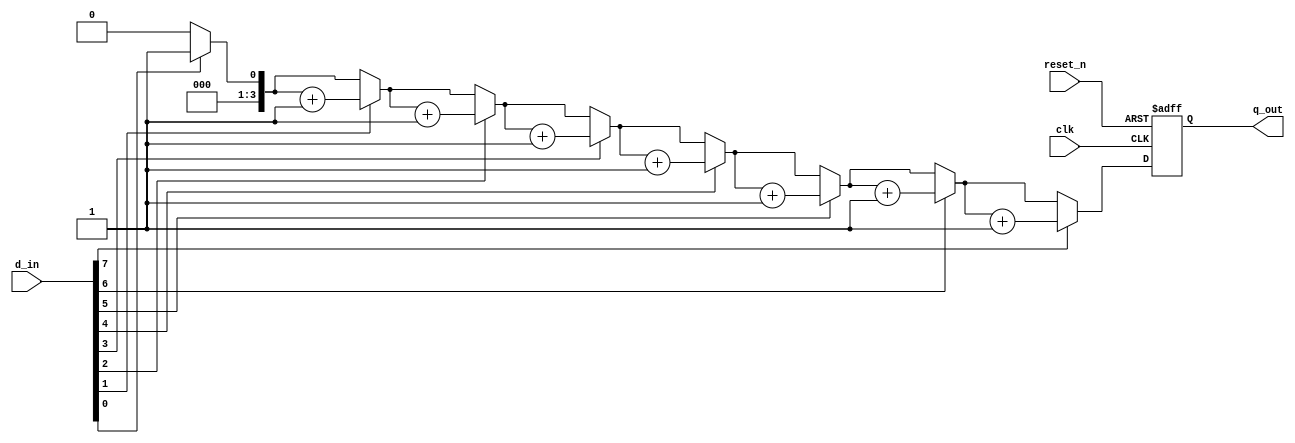
`timescale 1ns / 1ps
//////////////////////////////////////////////////////////////////////////////////
// Company: 
// Engineer: 
// 
// Design Name: 
// Module Name: lab58_no_1s_func
// Project Name: 
// Target Devices: 
// Tool Versions: 
// Description: 
// 
// Dependencies: 
// 
// Revision:
// Revision 0.01 - File Created
// Additional Comments:
// 
//////////////////////////////////////////////////////////////////////////////////

// this is the RTL Design for counting the number of 1's in given 8 bit input using function

module lab58_no_1s_func(
                                input [7:0]d_in,
                                input clk, reset_n,
                                output reg [3:0] q_out
     );  

integer i ;

always @(posedge clk or negedge reset_n)
begin
    if( ~reset_n)
        q_out <= 4'b0;                              // ifreset output is zero
    else
        begin
        q_out <= sum(d_in);                         // function call for adding the number of 1's
        end
end      
       
    function [3:0] sum(input [7:0]d_in);            //function definition and declaration 
     begin                                          // logic for counting the number of 1's
         sum=0;
         for ( i=0 ; i< 8 ; i= i+1) 
         begin
                if( d_in[i] == 1'b1)
                    sum = sum + 1;
              
         end
     end
   endfunction 
endmodule